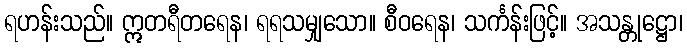
ရဟန်းသည်။ ဣတရီတရေန၊ ရရသမျှသော။ စီဝရေန၊ သင်္ကန်းဖြင့်။ အသန္တုဋ္ဌော၊